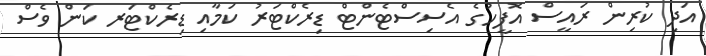
އަދި ކުރިން ރައީސް އޮފީހުގެ އެސިސްޓެންޓް ޑިރެކްޓަރު ކަމާއި ޑިރެކްޓަރ ކަން ވެސް